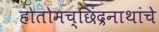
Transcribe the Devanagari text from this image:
होतोमच्छिंद्रनाथांचे